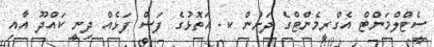
ސެޓްލްމަންޓް އެގްރީމެންޓްގެ ދަށުން ކ. އަތޮޅުގެ ފަސް ފަޅެއް ދިނީ ކައްދޫ އާއި